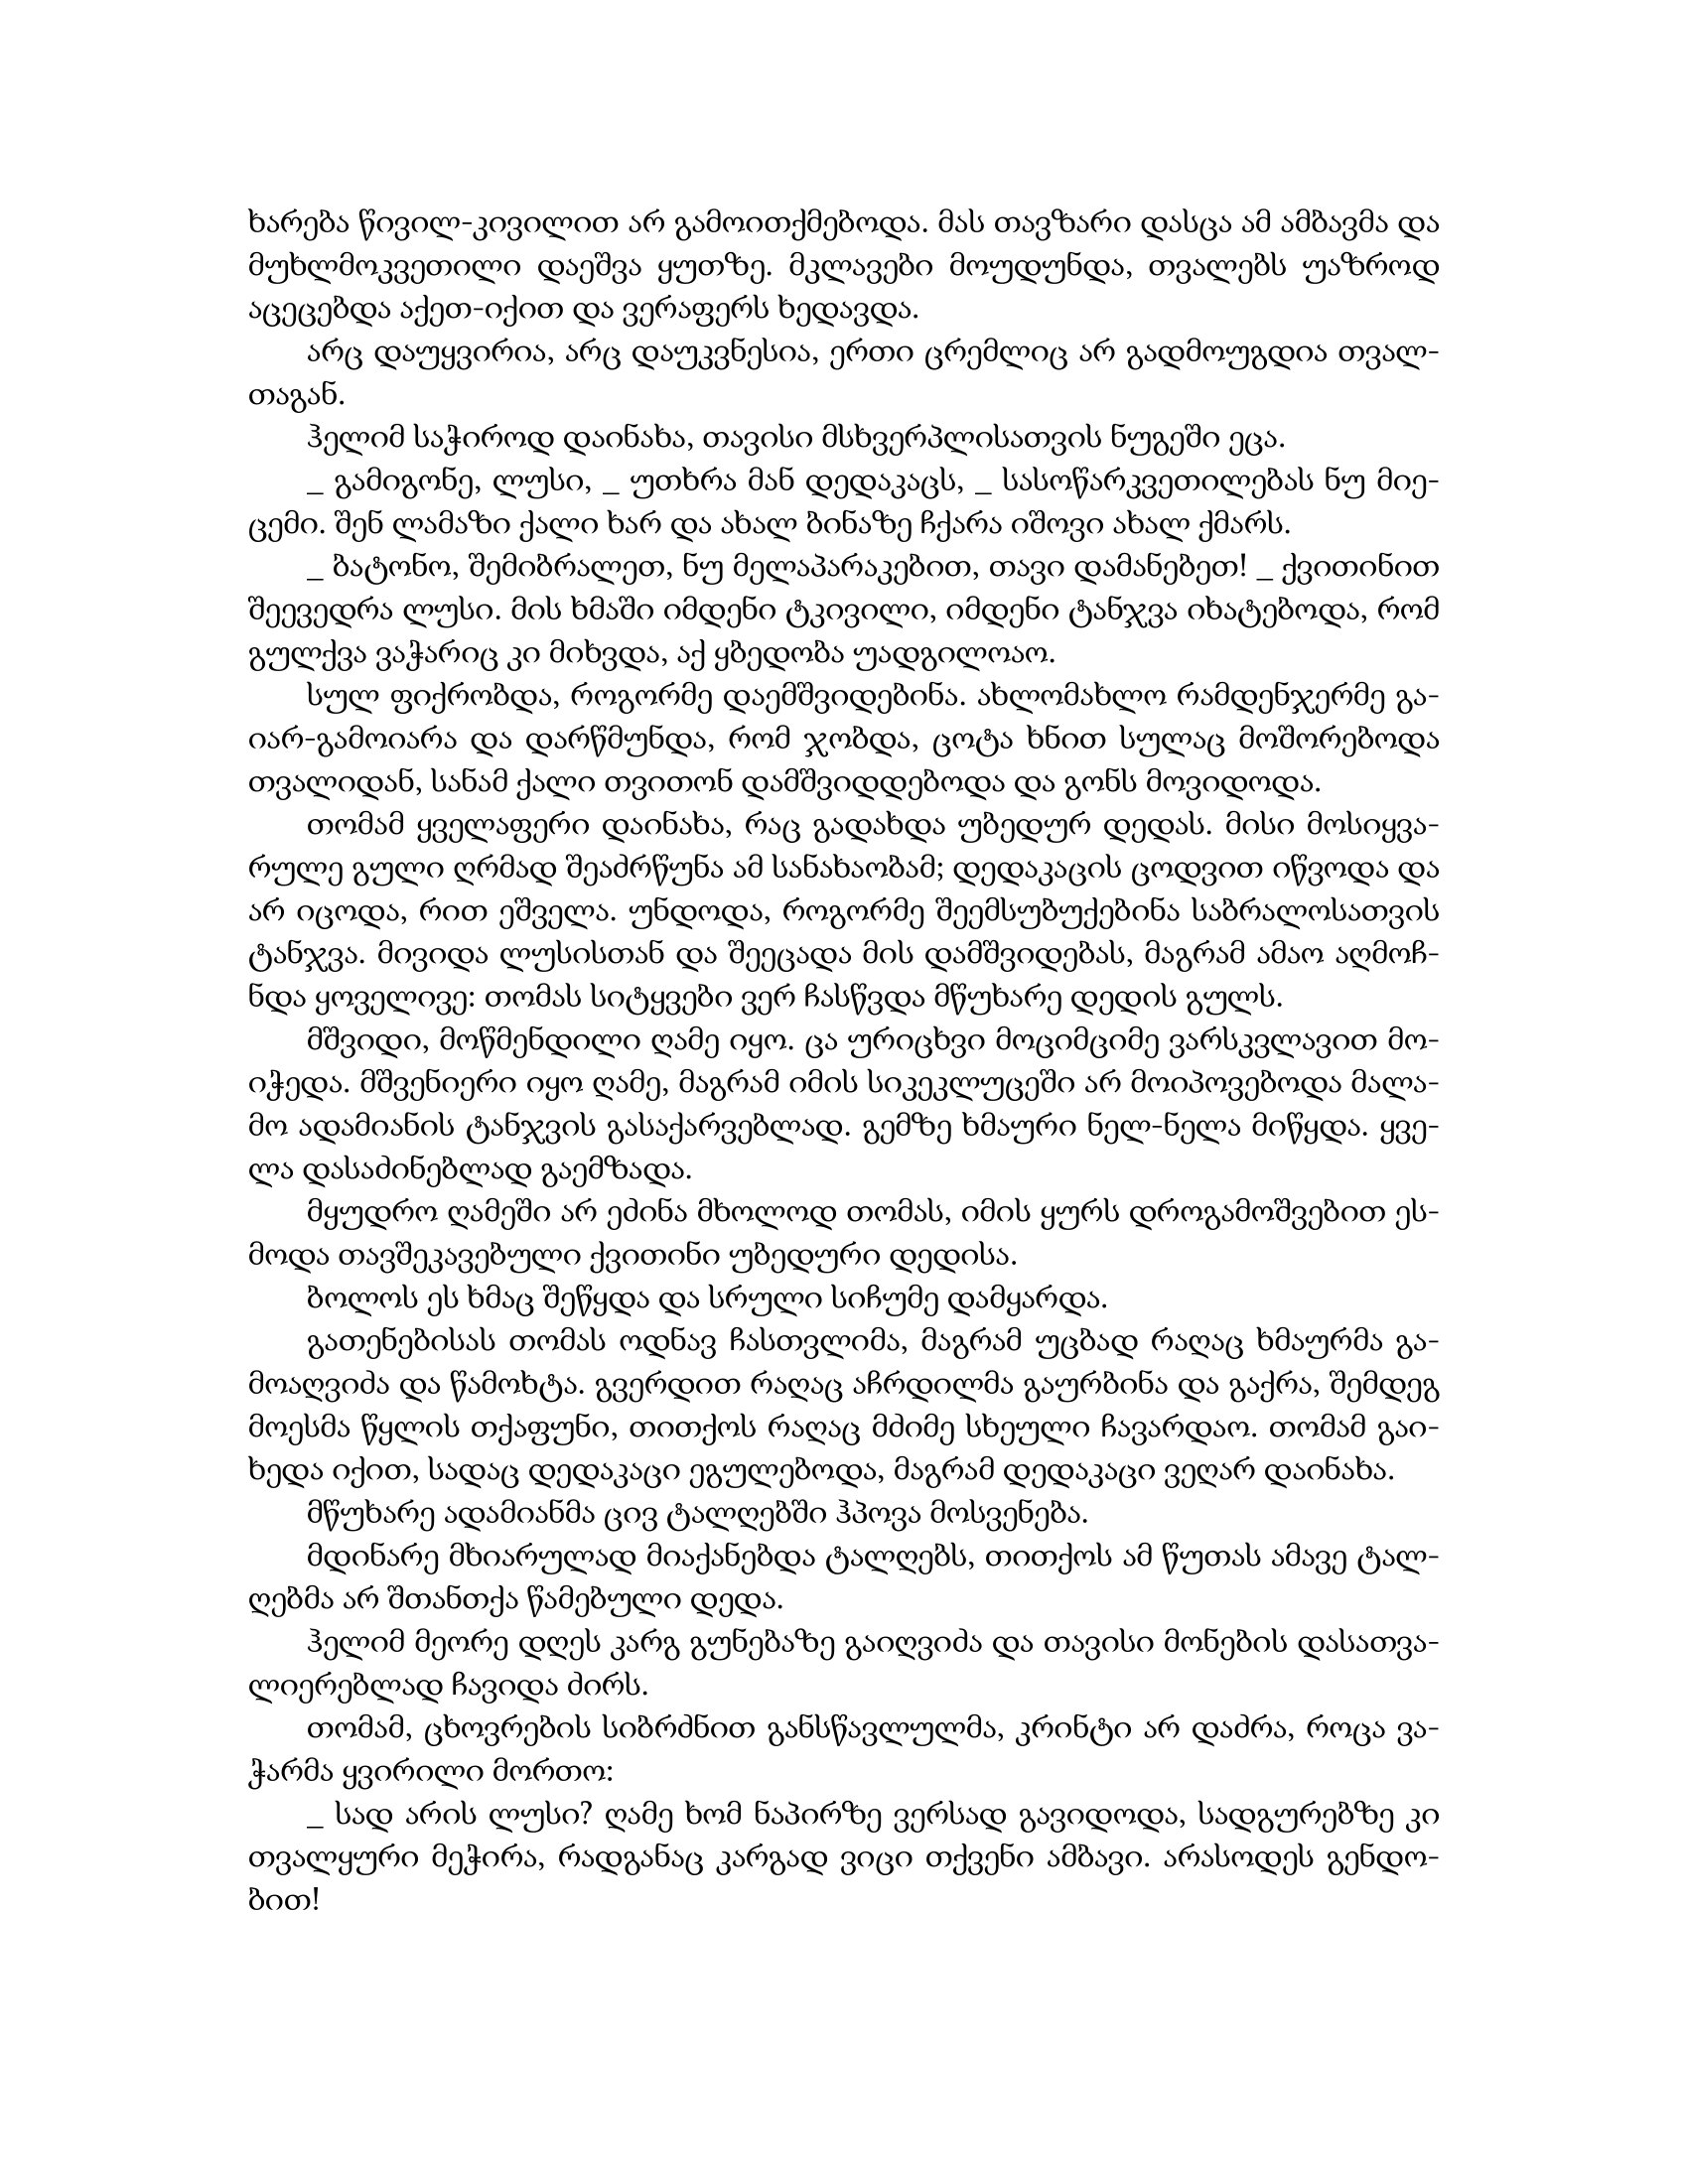
Language: gr